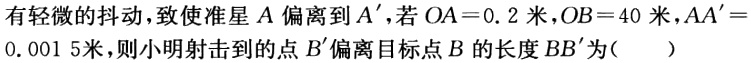
有轻微的抖动，致使准星\(A\)偏离到\(A^{\prime}\)，若\(OA = 0.2\)米，\(OB = 40\)米，\(AA^{\prime}=0.0015\)米，则小明射击到的点\(B^{\prime}\)偏离目标点\(B\)的长度\(BB^{\prime}\)为（  ）